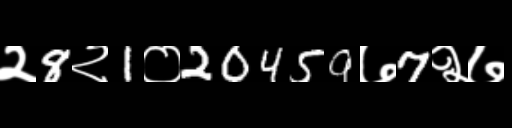
Text: २8२1०20459७7२७